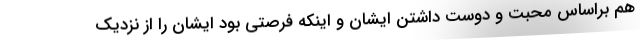
هم براساس محبت و دوست داشتن ایشان و اینکه فرصتی بود ایشان را از نزدیک